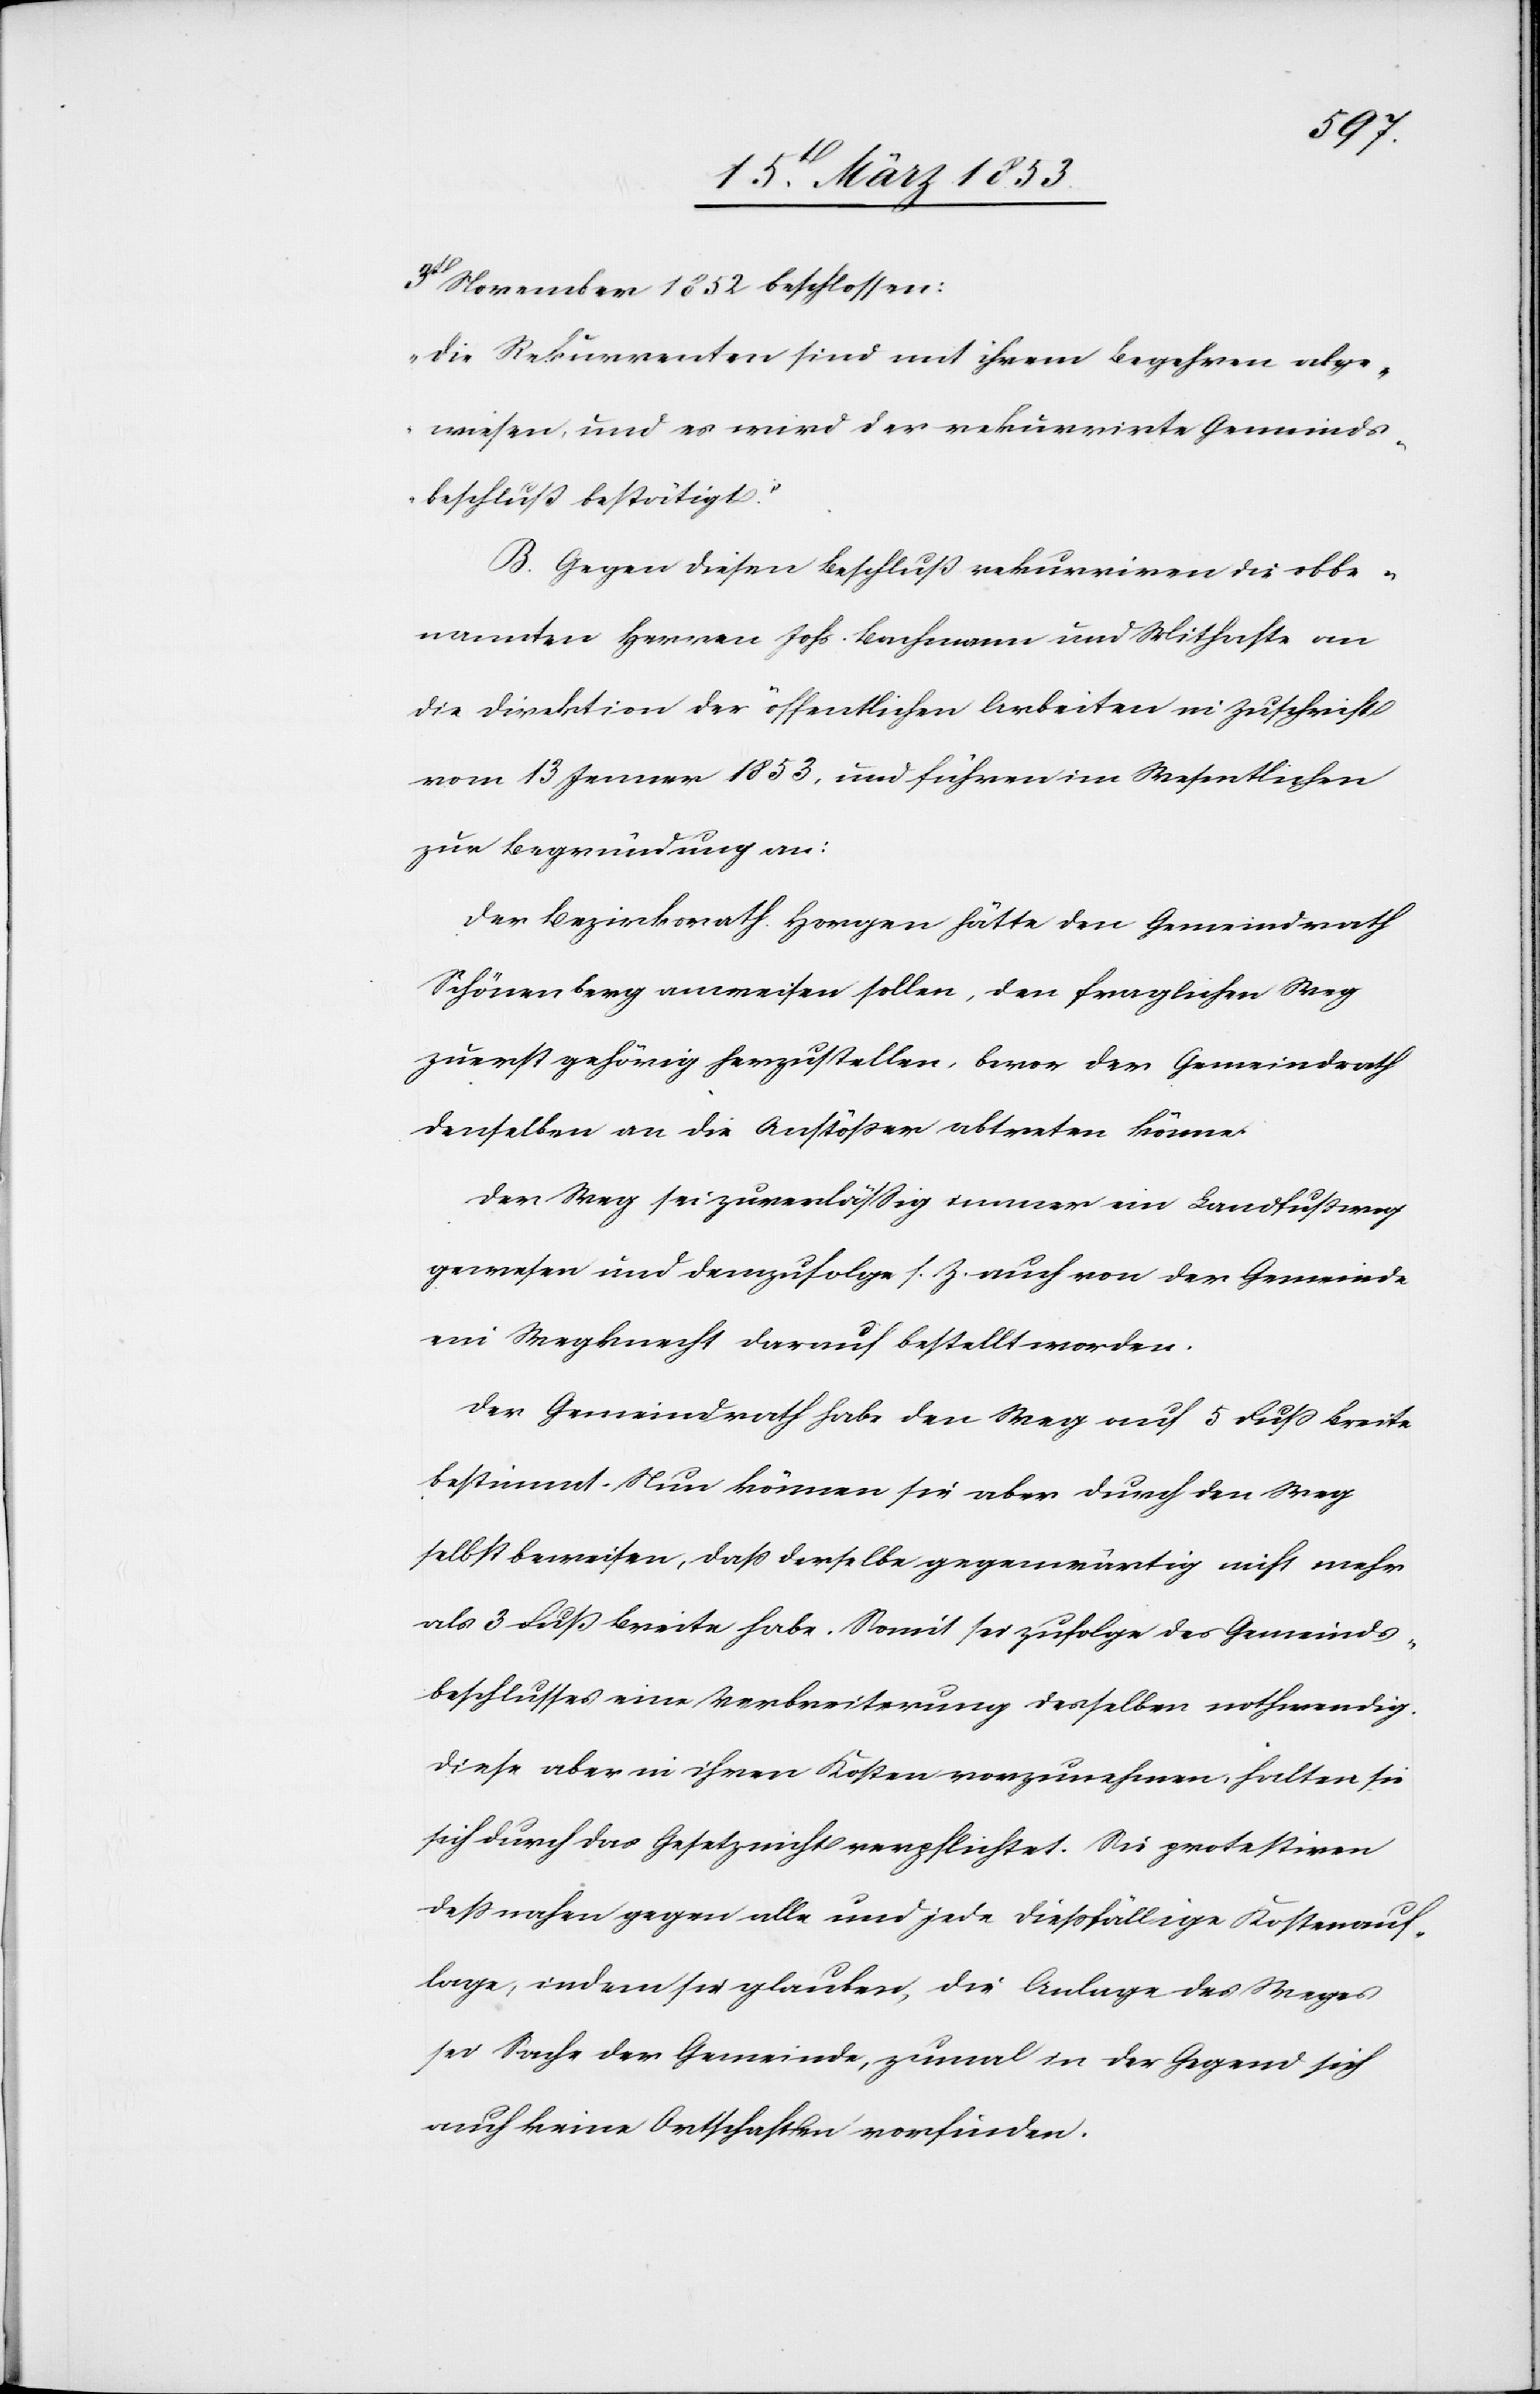
3t. November 1852 beschlossen:
„Die Rekurrenten sind mit ihrem Begehren abge¬
wiesen, und es wird der rekurrirte Gemeinds¬
beschluß bestätigt.“
B. Gegen diesen Beschluß rekurriren die obbe¬
nannten Herren Johs. Bachmann und Mithafte an
die Direktion der öffentlichen Arbeiten in Zuschrift
vom 13 Jenner 1853, und führen im Wesentlichen
zur Begründung an:
Der Bezirksrath Horgen hätte den Gemeindrath
Schönenberg anweisen sollen, den fraglichen Weg
zuerst gehörig herzustellen, bevor der Gemeindrath
denselben an die Anstößer abtreten könne.
Der Weg sei zuverläßig immer ein Landfußweg
gewesen und demzufolge s. Z. auch von der Gemeinde
ein Wegrecht darauf bestellt worden.
Der Gemeindrath habe den Weg auf 5 Fuß Breite
bestimmt. Nun können sie aber durch den Weg
selbst beweisen, daß derselbe gegenwärtig nicht mehr
als 3 Fuß Breite habe. Somit sei zufolge des Gemeinds¬
beschlusses eine Verbreiterung desselben nothwendig.
Diese aber in ihren Kosten vorzunehmen halten sie
sich durch das Gesetz nicht verpflichtet. Sie protestiren
deßnahen gegen alle und jede dießfällige Kostenauf¬
lage, indem sie glauben, die Anlage des Weges
sei Sache der Gemeinde, zumal in der Gegend sich
auch keine Ortschaften vorfinden.